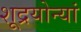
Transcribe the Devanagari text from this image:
शूद्रयोन्यां